Scottish Leaving Certificate Examination, 1960
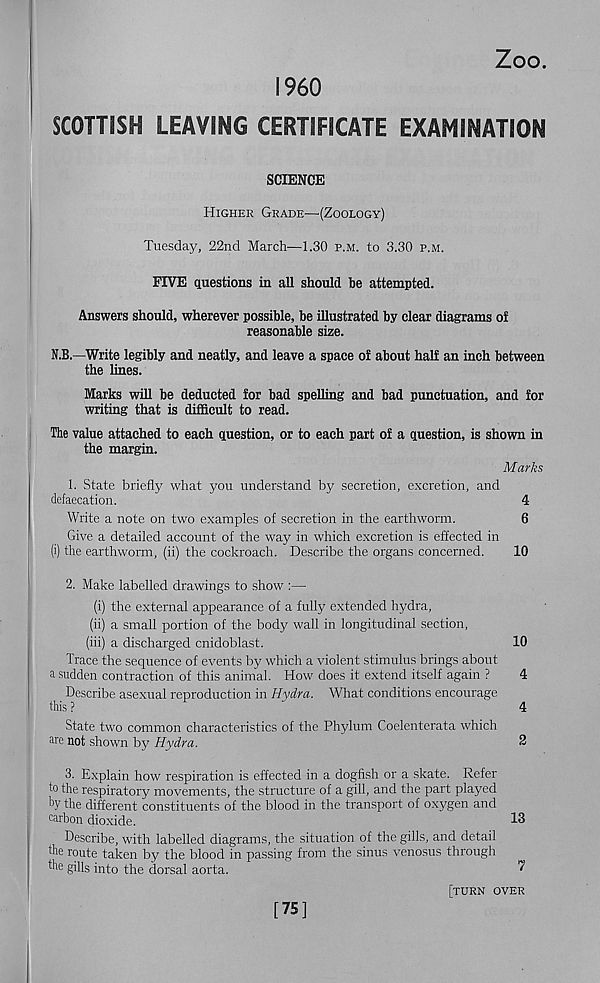
Zoo.
I960
SCOTTISH LEAVING CERTIFICATE EXAMINATION
SCIENCE
Higher Grade—(Zoology)
Tuesday, 22nd March—1.30 p.m. to 3.30 p.m.
FIVE questions in all should be attempted.
Answers should, wherever possible, be illustrated by clear diagrams of
reasonable size.
N.B.—Write legibly and neatly, and leave a space of about half an inch between
the lines.
Marks will be deducted for bad spelling and bad punctuation, and for
writing that is difficult to read.
The value attached to each question, or to each part of a question, is shown in
the margin.
Marks
1. State briefly what you understand by secretion, excretion, and
defaecation.
4
Write a note on two examples of secretion in the earthworm.
6
Give a detailed account of the way in which excretion is effected in
(i) the earthworm, (ii) the cockroach. Describe the organs concerned.
10
2. Make labelled drawings to show :—
(i) the external appearance of a fully extended hydra,
(ii) a small portion of the body wall in longitudinal section,
(iii) a discharged cnidoblast.
10
Trace the sequence of events by which a violent stimulus brings about
i sudden contraction of this animal. How does it extend itself again ?
4
Describe asexual reproduction in Hvdra. What conditions encourage
this ?
^
4
State two common characteristics of the Phylum Coelenterata which
are not shown by Hydra.
2
3. Explain how respiration is effected in a dogfish or a skate. Refer
to the respiratory movements, the structure of a gill, and the part played
by the different constituents of the blood in the transport of oxygen and
carbon dioxide.
13
Describe, with labelled diagrams, the situation of the gills, and detail
the route taken by the blood in passing from the sinus venosus through
the gills into the dorsal aorta.
^
[75]
[turn over